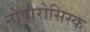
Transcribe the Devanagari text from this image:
नोवोरोसिस्क